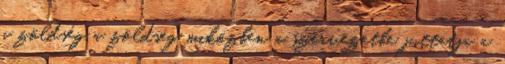
a zöldség a zöldség miközben a szervezetbe juttatja a